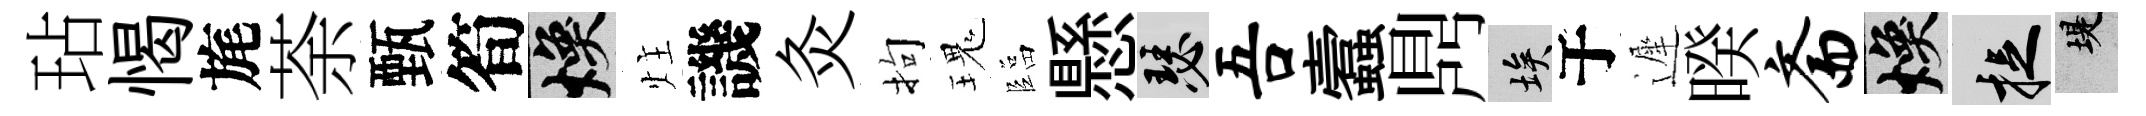
玷愒旄荼甄筍焕炷譏灸拘瑰臨懸瑟吾蠧𪔂埃于遲暌斋焕捉堤